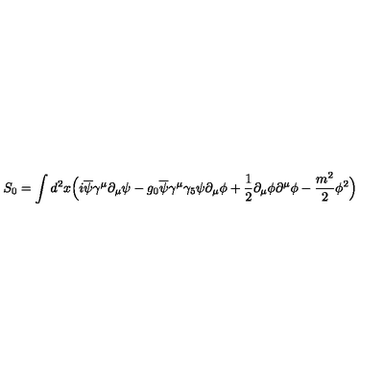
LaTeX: S _ { 0 } = \int d ^ { 2 } x \Big ( i \overline { \psi } \gamma ^ { \mu } \partial _ { \mu } \psi - g _ { 0 } \overline { \psi } \gamma ^ { \mu } \gamma _ { 5 } \psi \partial _ { \mu } \phi + { \frac { 1 } { 2 } } \partial _ { \mu } \phi \partial ^ { \mu } \phi - { \frac { m ^ { 2 } } { 2 } } \phi ^ { 2 } \Big )